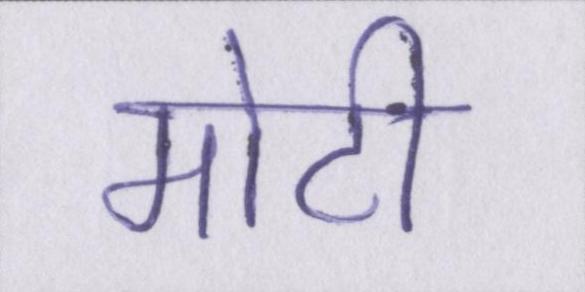
मोटी